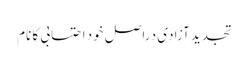
تجدید آزادی دراصل خود احتسابی کا نام